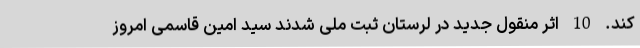
کند. 10 اثر منقول جدید در لرستان ثبت ملی شدند سید امین قاسمی امروز